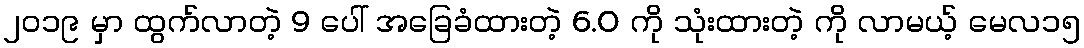
၂၀၁၉ မှာ ထွက်လာတဲ့ 9 ပေါ် အခြေခံထားတဲ့ 6.0 ကို သုံးထားတဲ့ ကို လာမယ့် မေလ၁၅